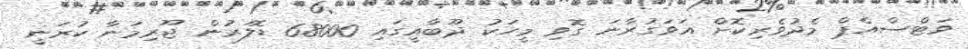
ވަޓްސްއެޕް މެދުވެރިކޮށް އަވަގުރާނަ ގޮވި މީހަކު ދޫބާއީގައި 68000 ޑޮލަރުން ޖޫރިމަނާ ކުރަނީ